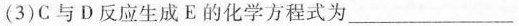
(3)C与D反应生成E的化学方程式为___(4)由E生成F的反应类型为___